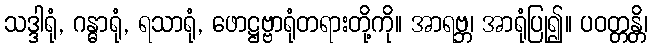
သဒ္ဒါရုံ, ဂန္ဓာရုံ, ရသာရုံ, ဖောဋ္ဌဗ္ဗာရုံတရားတို့ကို။ အာရဗ္ဘ၊ အာရုံပြု၍။ ပဝတ္တန္တိ၊